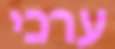
ערכי